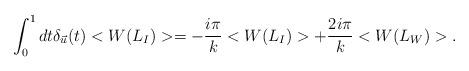
LaTeX: \begin{align*}\int_0^1 dt \delta_{\vec{u}}(t) <W(L_I)>=-{i \pi \over k} <W(L_I)>+{2i \pi \over k} <W(L_W)>.\end{align*}